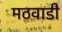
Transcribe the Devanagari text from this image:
मठवाडी